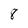
Character: 8